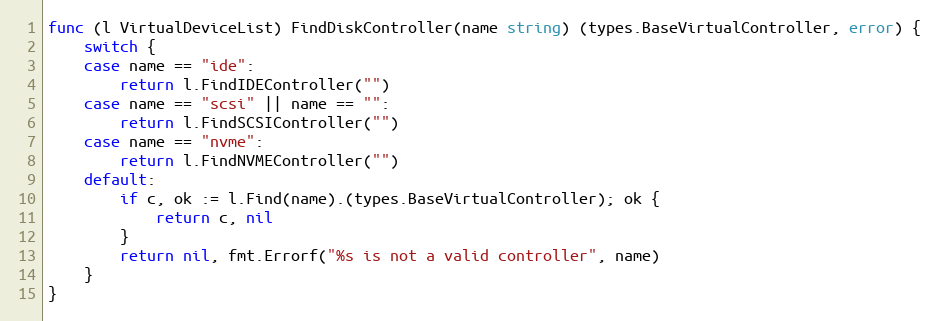
Language: Go
func (l VirtualDeviceList) FindDiskController(name string) (types.BaseVirtualController, error) {
	switch {
	case name == "ide":
		return l.FindIDEController("")
	case name == "scsi" || name == "":
		return l.FindSCSIController("")
	case name == "nvme":
		return l.FindNVMEController("")
	default:
		if c, ok := l.Find(name).(types.BaseVirtualController); ok {
			return c, nil
		}
		return nil, fmt.Errorf("%s is not a valid controller", name)
	}
}